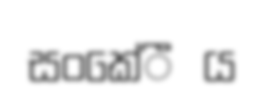
සංකේීය